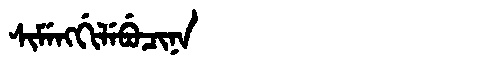
Manchu: ᠰᡳᠮᡝᠩᡤᡳᠯᡝᠪᡠᠴᡳᠨᠠ
Romanization: SIMENGGILEBUCINA